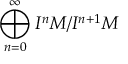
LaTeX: \bigoplus _ { n = 0 } ^ { \infty } I ^ { n } M / I ^ { n + 1 } M